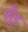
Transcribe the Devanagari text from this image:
सुँड